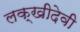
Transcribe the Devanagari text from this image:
लक्खीदेवी